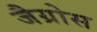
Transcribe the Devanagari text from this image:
जैग्रोस